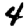
Digit: 4